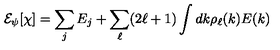
{ \cal E } _ { \psi } [ \chi ] = \sum _ { j } E _ { j } + \sum _ { \ell } ( 2 \ell + 1 ) \int d k \rho _ { \ell } ( k ) E ( k )